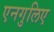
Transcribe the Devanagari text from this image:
एनगुलिए